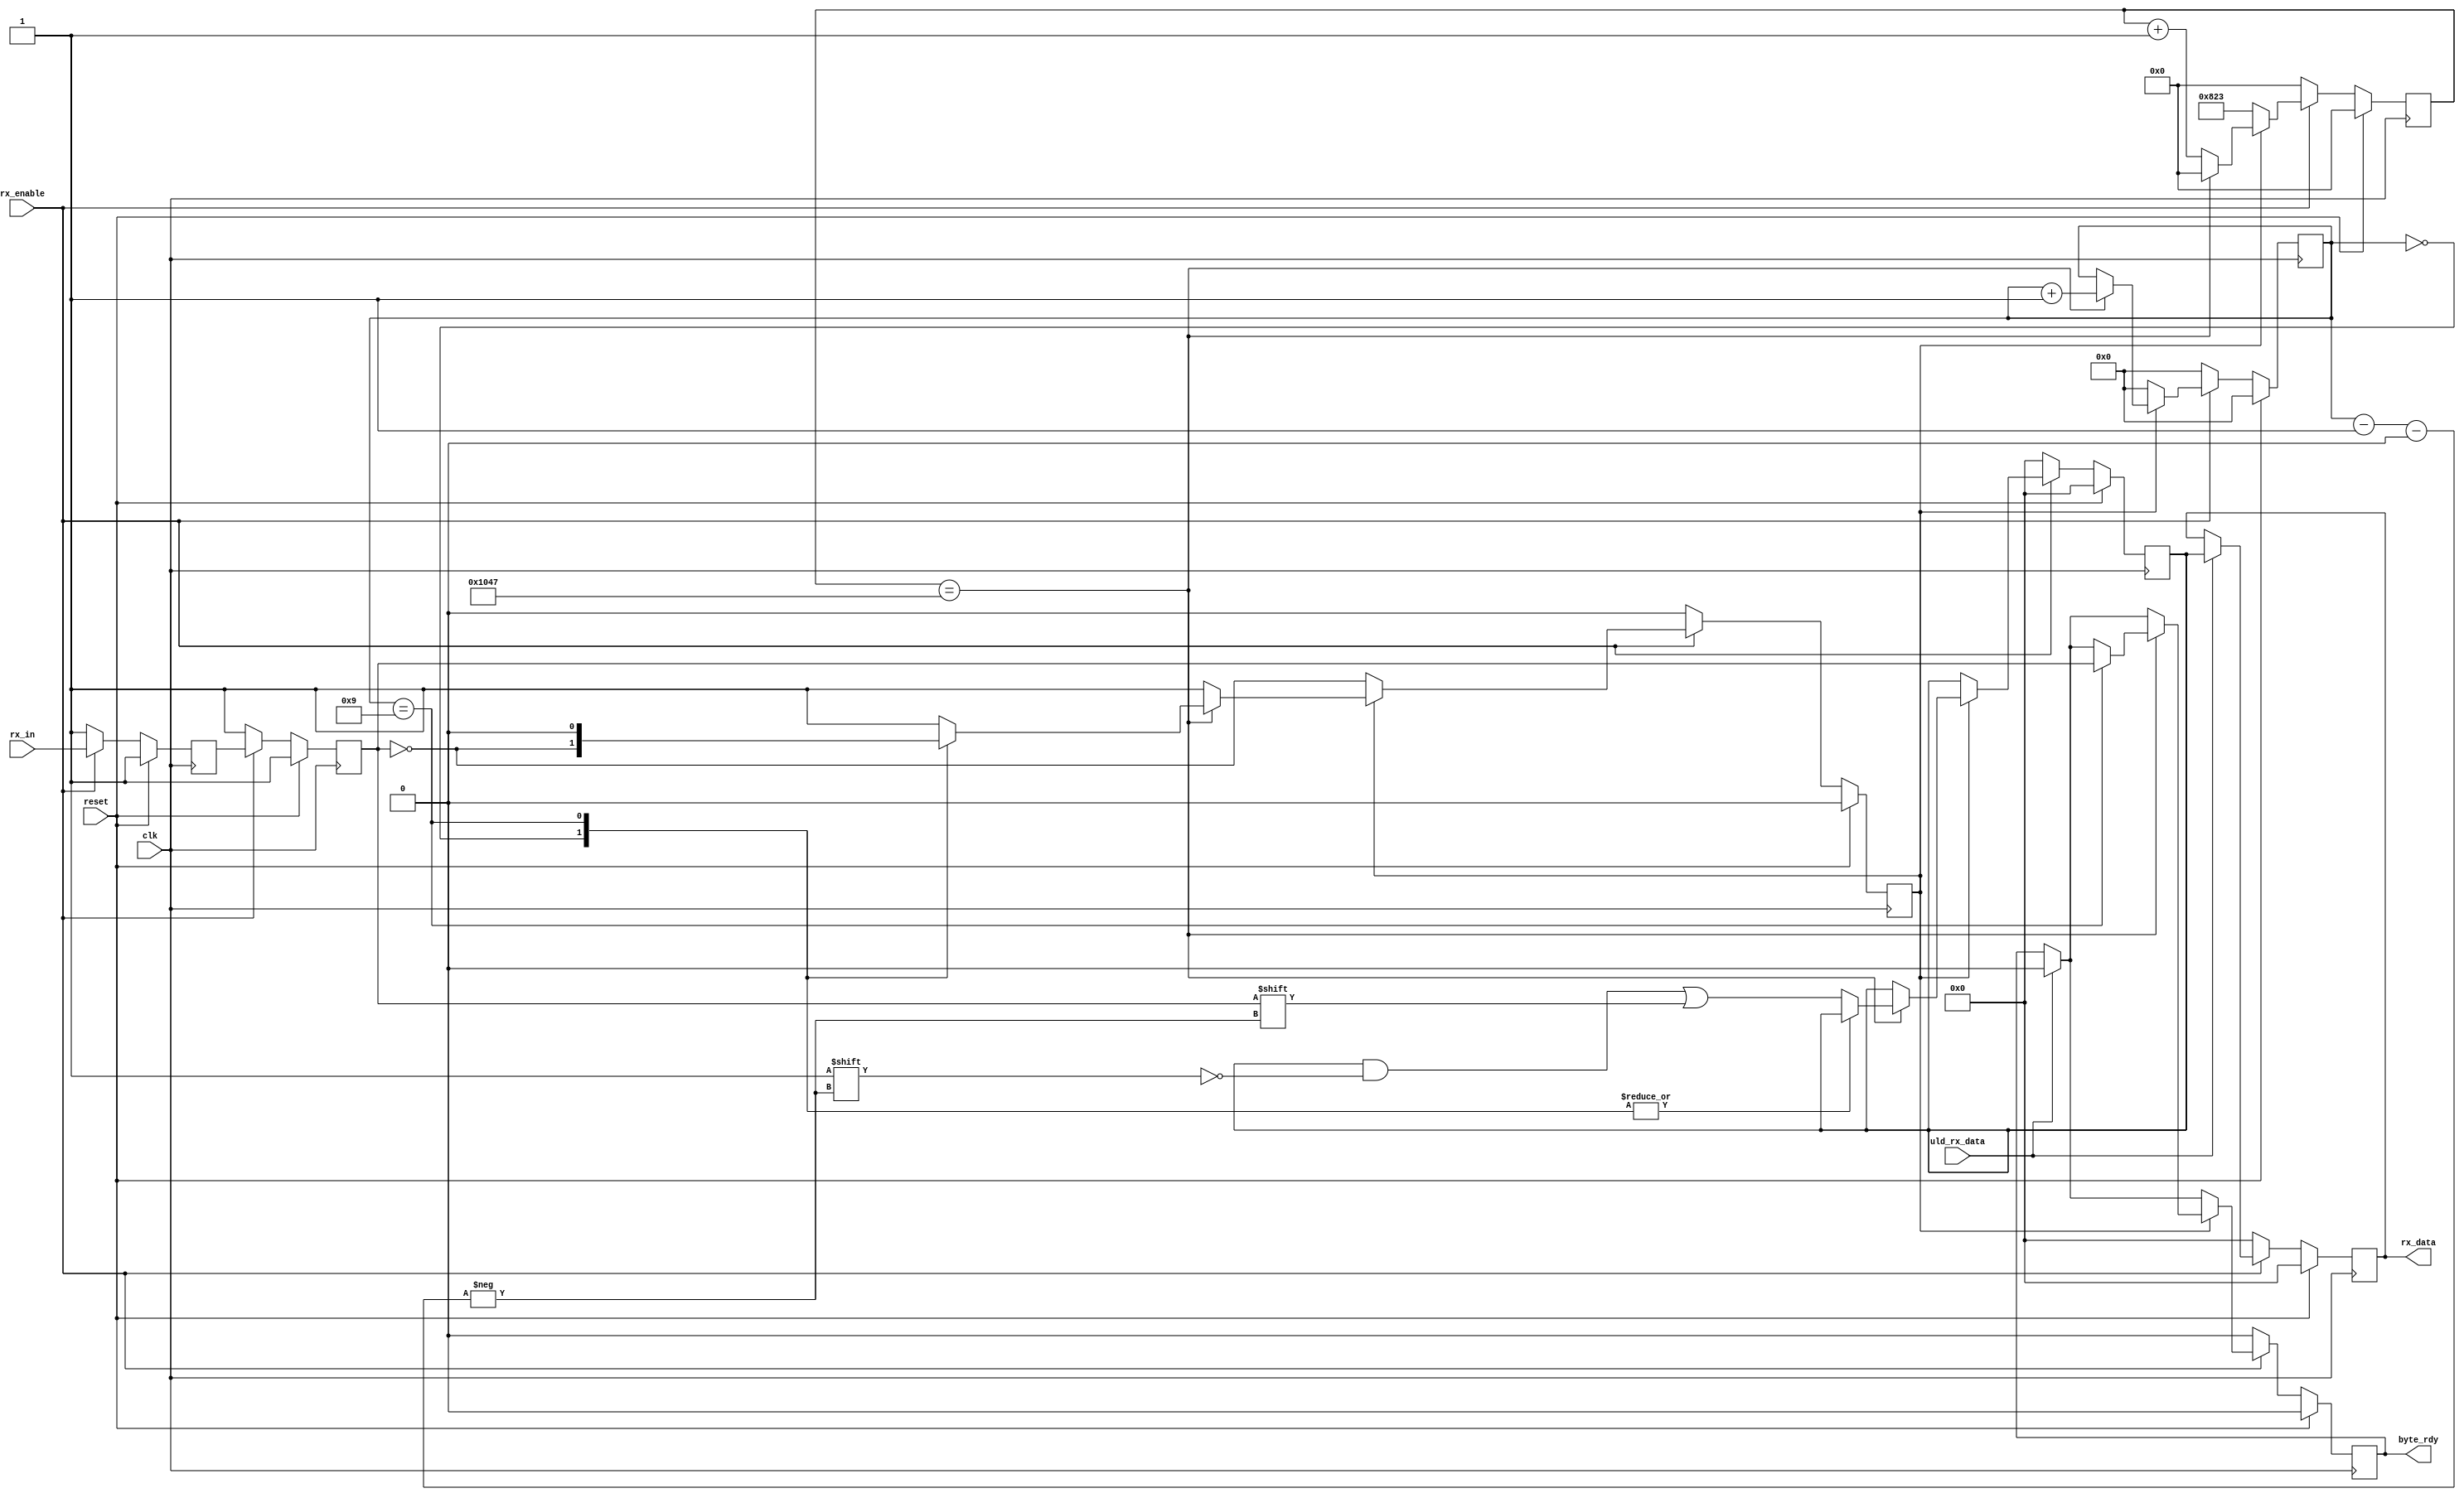
module uart2_rx #(parameter WIDTH = 8, parameter real BAUD = 9600) (	
	input reset,
	input clk,
	input uld_rx_data,
	output reg [WIDTH-1:0] rx_data = {WIDTH{1'b0}},
	input rx_enable,
	input rx_in,
	output reg byte_rdy = 1'b0
);

//parameter ML505 = 0; //default to 0 if not specified
//parameter BAUD = 9600; // default to 9600 Baud

//Variable/custom Baud rate little-endian 8N1 UART-RX 

`ifdef ML505 localparam real CLK_FREQ = 100e6;
`else localparam real CLK_FREQ = 40e6;
`endif

localparam BAUD_CNT_SIZE = bits_to_fit(CLK_FREQ/BAUD);
localparam BIT_CNT_SIZE = bits_to_fit(WIDTH+2);

localparam [BAUD_CNT_SIZE-1:0] FRAME_WIDTH = CLK_FREQ/BAUD;
localparam [BAUD_CNT_SIZE-1:0] FRAME_MIDPOINT = FRAME_WIDTH/2;


// Internal registers
reg [WIDTH-1:0]    rx_reg = {WIDTH{1'b0}};
reg [BAUD_CNT_SIZE-1:0]    rx_sample_cnt = {BAUD_CNT_SIZE{1'b0}};
reg [BIT_CNT_SIZE-1:0]    rx_cnt = {BIT_CNT_SIZE{1'b0}};  
(* ASYNC_REG = "true" *) reg          rx_da = 1'b1, rx_db = 1'b1;
reg          rx_busy = 1'b0;

// UART RX Logic
always @ (posedge clk) begin
	if (reset) begin
		rx_reg        <= {WIDTH{1'b0}}; 
		rx_data       <= {WIDTH{1'b0}};
		rx_sample_cnt <= {BAUD_CNT_SIZE{1'b0}};
		rx_cnt        <= {BIT_CNT_SIZE{1'b0}};
		byte_rdy		  <= 1'b0;
		rx_da        <= 1'b1;
		rx_db         <= 1'b1;
		rx_busy       <= 1'b0;
	end else begin // if (~reset)
		if (rx_enable) begin // Receive data only when rx is enabled
			// Synchronize the asynch signal
			rx_da <= rx_in;
			rx_db <= rx_da;
			
			rx_data <= (uld_rx_data) ? rx_reg : rx_data;
			/*if (uld_uart_data) begin // drive ouputs first
				byte_rdy <= 1'b0;
				//else byte_rdy <= byte_recd;
				//byte_rdy <= (uld_uart_data) ? 
				
			end else if (rx_busy) begin //drive logic, counters etc*/
			
			if (rx_busy) begin //drive logic, counters etc
				if (rx_sample_cnt == FRAME_WIDTH) begin 
					rx_sample_cnt <= {BAUD_CNT_SIZE{1'b0}};
					rx_cnt <= rx_cnt + 1;
					case (rx_cnt)
						{BIT_CNT_SIZE{1'b0}}: begin
							rx_busy <= ~rx_db;
							byte_rdy <= (uld_rx_data) ? 1'b0 : byte_rdy;
							end
						WIDTH+1: begin
							rx_busy <= 1'b0;
							byte_rdy <= rx_db;
							end
						default: begin
							rx_reg[rx_cnt - 1'b1] <= rx_db;
							byte_rdy <= (uld_rx_data) ? 1'b0 : byte_rdy;
							end
					endcase
				end else begin
					rx_sample_cnt <= rx_sample_cnt + 1'b1;
					byte_rdy <= (uld_rx_data) ? 1'b0 : byte_rdy;
				end
			end else begin //if (~rx_busy)
				rx_busy <= ~rx_db;
				rx_sample_cnt <= FRAME_MIDPOINT;
				rx_cnt        <= 1'b0;	 
				byte_rdy <= (uld_rx_data) ? 1'b0 : byte_rdy;
				//rx_reg <= 8'd0;
			end // if (~rx_busy)
		end else begin // if (~rx_enable)
			rx_reg        <= {WIDTH{1'b0}}; 
			rx_data       <= {WIDTH{1'b0}};
			rx_sample_cnt <= {BAUD_CNT_SIZE{1'b0}};
			rx_cnt        <= {BIT_CNT_SIZE{1'b0}};
			byte_rdy		  <= 1'b0;
			rx_da         <= 1'b1;
			rx_db         <= 1'b1;
			rx_busy       <= 1'b0;	
		end	// if (~rx_enable)	
	end //if (~reset)		
end //always
		
function integer clog2;
input integer value;
begin
	value = value-1;
	for (clog2=0; value>0;clog2=clog2+1)
		value = value>>1;
end
endfunction

function integer bits_to_fit;
  input [31:0] value;
  for (bits_to_fit=0; value>0; bits_to_fit=bits_to_fit+1)
    value = value >> 1;
endfunction
		
endmodule